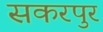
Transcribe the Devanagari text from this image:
सकरपुर